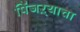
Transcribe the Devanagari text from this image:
पिंजऱ्याचा